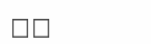
٣٩